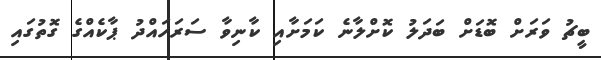
ބީޗު ވަރަށް ބޮޑަށް ބަދަލު ކޮށްލާނެ ކަމަށާއި ކާނިވާ ސަރަހައްދު ޕާކެއްގެ ގޮތުގައި